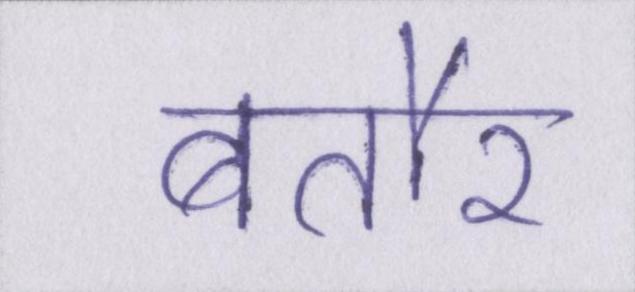
बतौर